Leaving Certificate Examination (including Day School Certificate (Higher) General paper), 1927
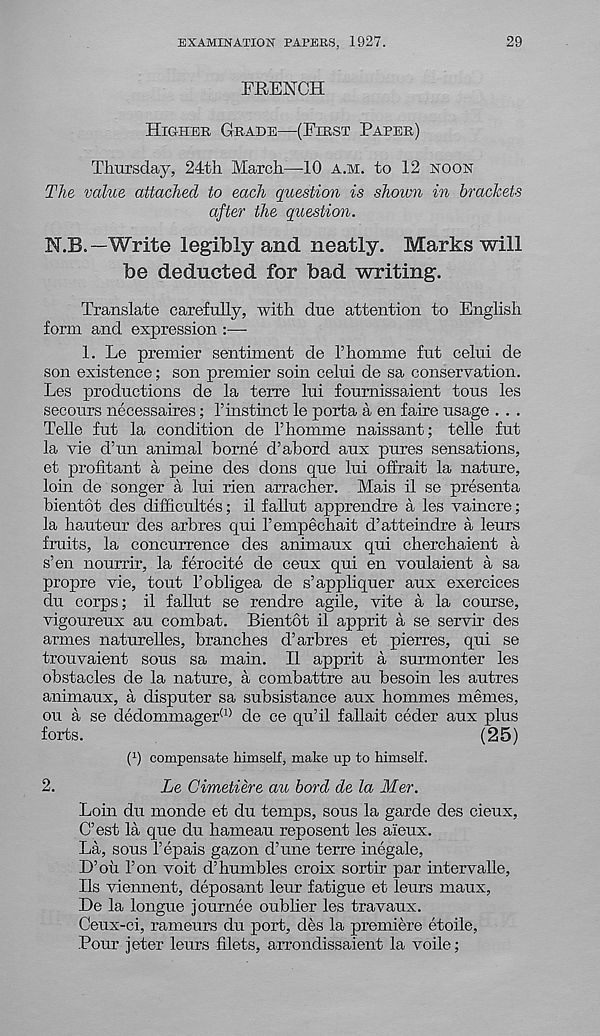
EXAMINATION PAPERS, 1927.
29
FRENCH
Higher Grade—(First Paper)
Thursday, 24th March—-10 a.m. to 12 hoon
The value attached to each question is shoivn in brackets
after the question.
N.B.—Write legibly and neatly. Marks will
be deducted for bad writing.
Translate carefully, with due attention to English
form and expression :—-
1. Le premier sentiment de I’homme fut celui de
son existence; son premier soin celui de sa conservation.
Les productions de la terre lui foumissaient tons les
secours necessaires; 1’instinct le porta a en faire usage . . .
Telle fut la condition de I’homme naissant; telle fut
la vie d’un animal borne d’abord aux pures sensations,
et profitant a peine des dons one lui offrait la nature,
loin de songer a lui rien arracher. Mais il se presenta
bientot des difficultes; il fallut apprendre a les vaincre;
la hauteur des arbres qui I’empechait d’atteindre a leurs
fruits, la concurrence des animaux qui cherchaient a
s’en nourrir, la ferocite de ceux qui en voulaient a sa
propre vie, tout I’obligea de s’appliquer aux exercices
du corps; il fallut se rendre agile, vite a la course,
vigoureux au combat. Bientot il apprit a se servir des
armes naturelles, branches d’arbres et pierres, qui se
trouvaient sous sa main. Il apprit a surmonter les
obstacles de la nature, a combattre au besoin les autres
animaux, a disputer sa subsistance aux hommes memes,
ou a se dedommager (1> de ce qu’il fallait ceder aux plus
forts.
(25)
( 1 ) compensate himself, make up to himself.
2.
Le Cimetiere au bord de la Mer.
Loin du monde et du temps, sous la garde des cieux,
C’est la que du hameau reposent les aieux.
La, sous 1’epais gazon d’une terre inegale,
D’ou Ton voit d’humbles croix sortir par intervalle,
Ils viennent, deposant leur fatigue et leurs maux,
De la longue journee oublier les travaux.
Ceux-ci, rameurs du port, des la premiere etoile,
Pour jeter leurs filets, arrondissaient la voile;